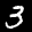
Label: 3